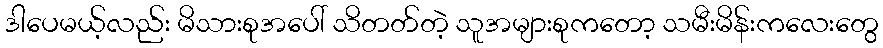
ဒါပေမယ့်လည်း မိသားစုအပေါ် သိတတ်တဲ့ သူအများစုကတော့ သမီးမိန်းကလေးတွေ